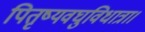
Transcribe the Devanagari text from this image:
पितृष्यवघुविधात्रा।